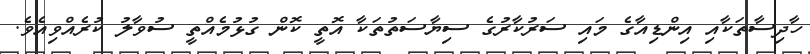
ހާދިސާތަކާއި އިންޑިއާގެ މައި ސަރުކާރުގެ ސިޔާސަތުތަކާ އޮތީ ކޮން ގުޅުމެއްތީ ސުވާލު ކުރެއްވިއެވެ.